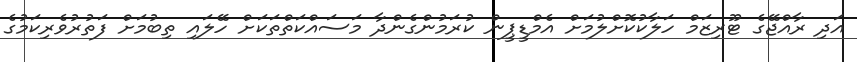
އަދި ރާއްޖޭގެ ޓޫރިޒަމް ހަލާކުކޮށްލުމަށް އެމްޑީޕީން ކުރަމުންގެންދާ މަސައްކަތްތަކަށް ހޭލައި ތިބުމަށް ފަތުރުވެރިކަމުގެ